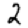
Digit: 2